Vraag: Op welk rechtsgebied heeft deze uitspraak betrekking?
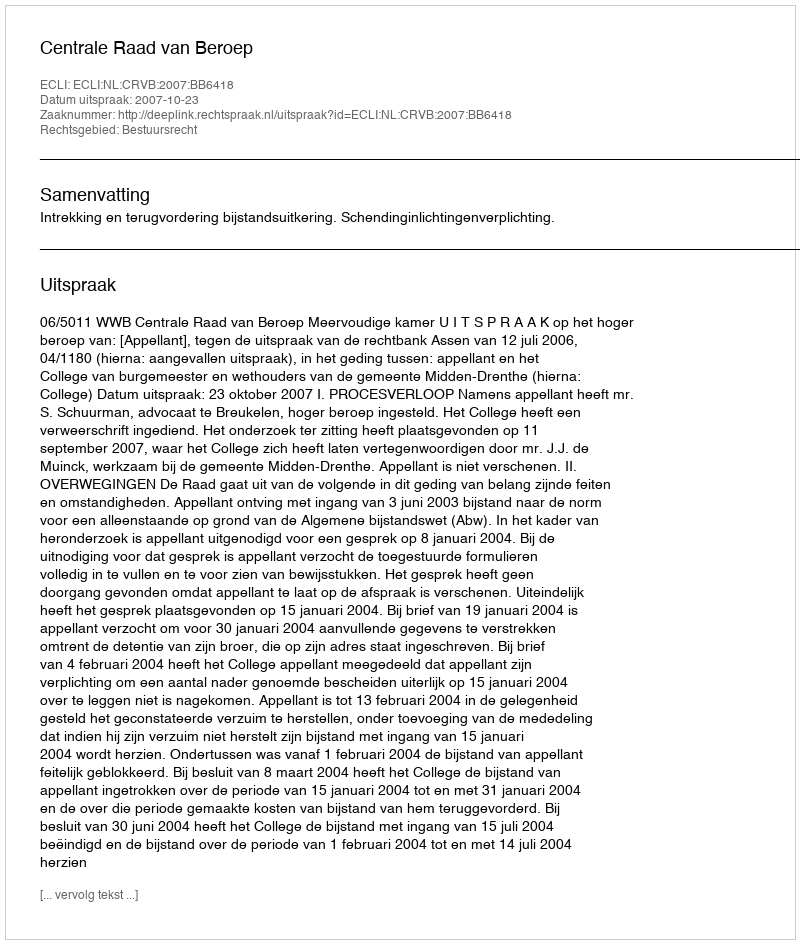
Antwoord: Bestuursrecht